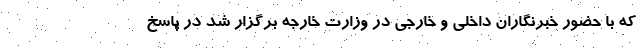
که با حضور خبرنگاران داخلی و خارجی در وزارت خارجه برگزار شد در پاسخ